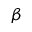
\beta